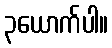
၃ယောက်ပါ။